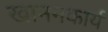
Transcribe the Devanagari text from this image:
खाननकार्य